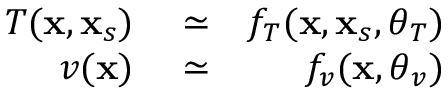
\begin{array} { r l r } { T ( \mathbf { x } , \mathbf { x } _ { s } ) } & { { } \simeq } & { f _ { T } ( \mathbf { x } , \mathbf { x } _ { s } , \boldsymbol { \theta } _ { T } ) } \\ { v ( \mathbf { x } ) } & { { } \simeq } & { f _ { v } ( \mathbf { x } , \boldsymbol { \theta } _ { v } ) } \end{array}